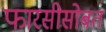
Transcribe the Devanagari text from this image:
फारसीसोबत